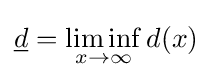
{\underline {d}}=\liminf _{x\to \infty }d(x)